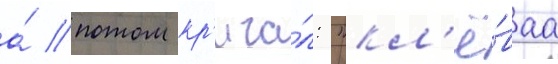
а́ потом кр'ича́л: "кл'ё́ваа